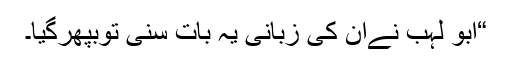
“ابو لہب نےان کی زبانی یہ بات سنی توبپھرگیا۔